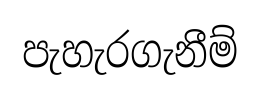
පැහැරගැනීම්